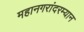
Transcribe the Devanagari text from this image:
महानगरांदरम्यान